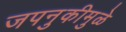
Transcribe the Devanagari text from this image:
जपनुकीमुळे